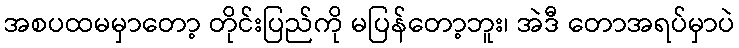
အစပထမမှာတော့ တိုင်းပြည်ကို မပြန်တော့ဘူး၊ အဲဒီ တောအရပ်မှာပဲ